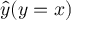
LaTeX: { \hat { y } } ( y = x )